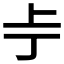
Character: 𫠢